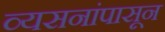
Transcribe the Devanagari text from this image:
व्यसनांपासून